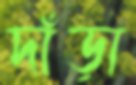
দাঁড়া